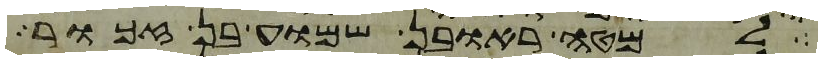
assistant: למטה ראובן שמוע בן זכור